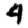
Digit: 4